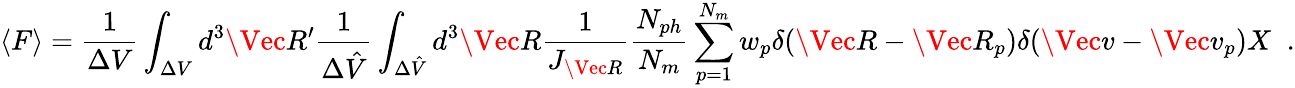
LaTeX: \langle F\rangle=\frac{1}{\Delta V}\int_{\Delta{V}}d^{3}\Vec{R}^{\prime}\frac{1}{\Delta\hat{V}}\int_{\Delta\hat{V}}d^{3}\Vec{R}\frac{1}{J_{\Vec{R}}}\frac{N_{ph}}{N_{m}}\sum_{p=1}^{N_{m}}w_{p}\delta(\Vec{R}-\Vec{R}_{p})\delta(\Vec{v}-\Vec{v}_{p})X\; \; .